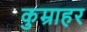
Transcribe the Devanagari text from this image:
कुम्राहर